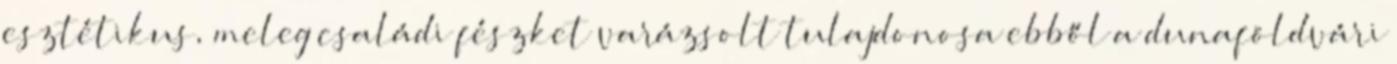
esztétikus, meleg családi fészket varázsolt tulajdonosa ebből a dunaföldvári